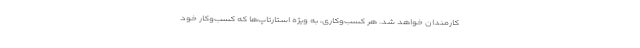
کارمندان خواهد شد. هر کسب‌وکاری، به ویژه استارتاپ‌ها که کسب‌وکار خود